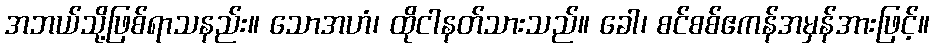
အဘယ်သို့ဖြစ်ရာသနည်း။ သောအဟံ၊ ထိုငါနတ်သားသည်။ ခေါ၊ စင်စစ်ဧကန်အမှန်အားဖြင့်။